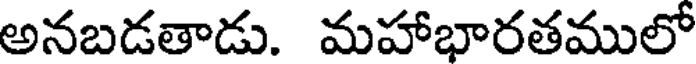
అనబడతాడు. మహాభారతములో